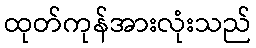
ထုတ်ကုန်အားလုံးသည်